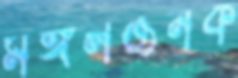
মঙ্গলজনক